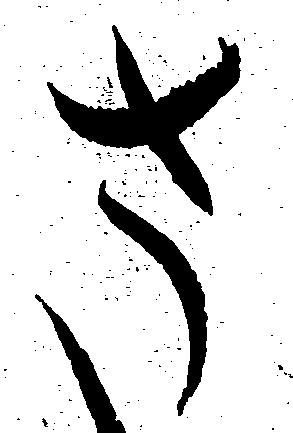
さ